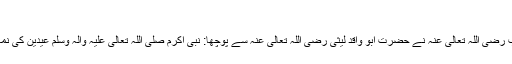
’’ قٓ ‘‘نام رکھنے کی وجہ :
(1)…حضرت عمر بن خطاب رَضِیَ اللہ تَعَالٰی عَنْہُ نے حضرت ابو واقد لیثی رَضِیَ اللہ تَعَالٰی عَنْہُ سے پوچھا: نبیٔ اکرم صَلَّی اللہ تَعَالٰی عَلَیْہِ وَاٰلِہٖ وَسَلَّمَ عِیْدَیْن کی نماز میں کیا پڑھا کرتے تھے ؟